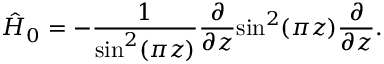
\hat { H } _ { 0 } = - \frac { 1 } { \mathrm { s i n } ^ { 2 } ( \pi z ) } \frac { \partial } { \partial z } \mathrm { s i n } ^ { 2 } ( \pi z ) \frac { \partial } { \partial z } .